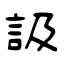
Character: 訯